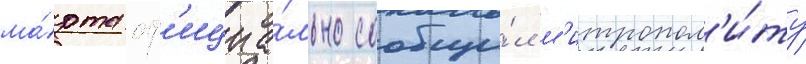
ма́рта оф'ициа́льно сообщи́л м'итропол'и́ту